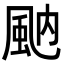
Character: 𩖯